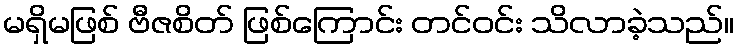
မရှိမဖြစ် ဗီဇစိတ် ဖြစ်ကြောင်း တင်ဝင်း သိလာခဲ့သည်။